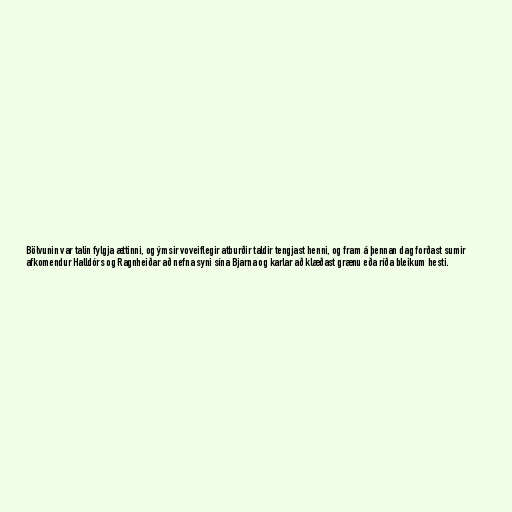
Bölvunin var talin fylgja ættinni, og ýmsir voveiflegir atburðir taldir tengjast henni, og fram á þennan dag forðast sumir
afkomendur Halldórs og Ragnheiðar að nefna syni sína Bjarna og karlar að klæðast grænu eða ríða bleikum hesti.